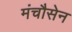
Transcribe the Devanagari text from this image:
मंचौसेन